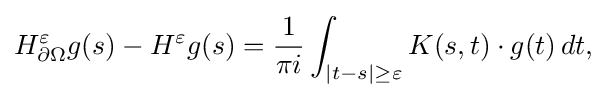
\displaystyle {H_{\partial \Omega }^{\varepsilon }g(s)-H^{\varepsilon }g(s)={1 \over \pi i}\int _{|t-s|\geq \varepsilon }K(s,t)\cdot g(t)\,dt,}